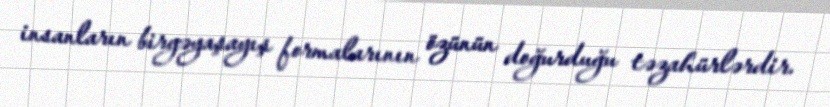
insanların birgəyaşayış formalarının özünün doğurduğu təzahürlərdir.